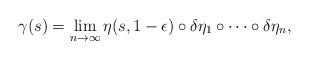
LaTeX: \begin{align*}\gamma(s) = \lim_{n\rightarrow\infty} \eta(s,1-\epsilon)\circ \delta\eta_1 \circ \cdots \circ \delta \eta_n,\end{align*}